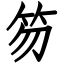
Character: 笏